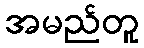
အမည်တူ